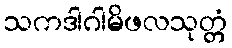
သကဒါဂါမိဖလသုတ္တံ